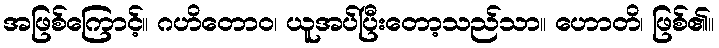
အဖြစ်ကြောင့်။ ဂဟိတောဝ၊ ယူအပ်ပြီးတော့သည်သာ။ ဟောတိ၊ ဖြစ်၏။